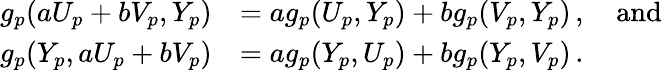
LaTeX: {\begin{array}{rl}{g_{p}(aU_{p}+bV_{p},Y_{p})}&{=ag_{p}(U_{p},Y_{p})+bg_{p}(V_{p},Y_{p})\, ,\quad{\mathrm{and}}}\\ {g_{p}(Y_{p},aU_{p}+bV_{p})}&{=ag_{p}(Y_{p},U_{p})+bg_{p}(Y_{p},V_{p})\, .}\end{array}}